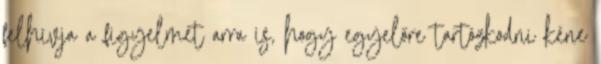
felhívja a figyelmet arra is, hogy egyelőre tartózkodni kéne